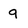
Character: 9